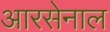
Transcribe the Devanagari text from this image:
आरसेनाल